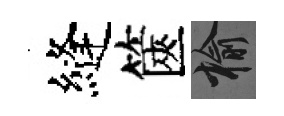
縫篋榆